Plague in India, 1896, 1897 - Volume 1
Year: 1896
Disease focus: Plague
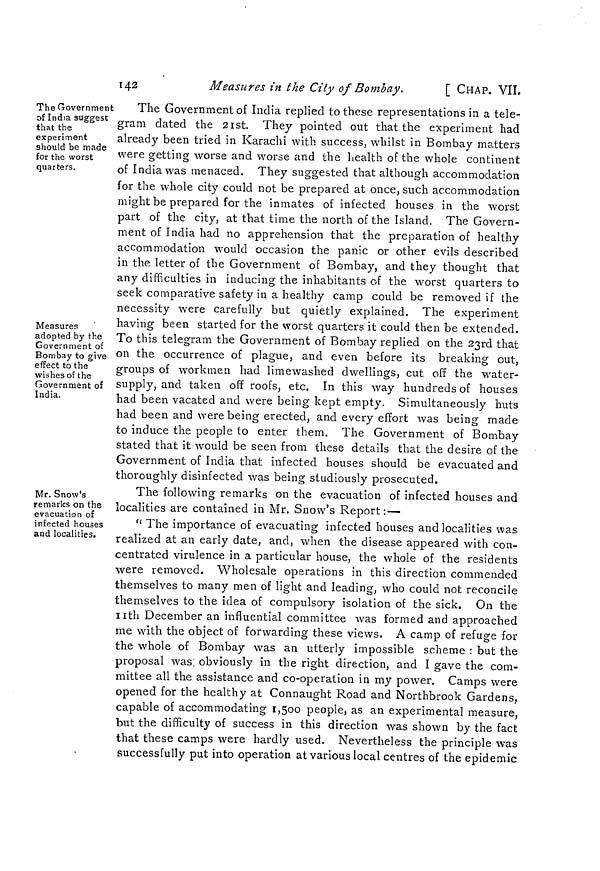
142
Measures in ¿he City of Bombay.
[ CHAP. VIL
The Government
of India suggest
that the
experiment
should be made
for the worst
quarters.
Measures
adopted by the
Government of
Bombay to give
effect to the
wishes of the
Government of
India.
The Government of India replied to these representations in a tele-
gram dated the 21st. They pointed out that the experiment had
already been tried in Karachi with success, whilst in Bombay matters
were getting worse and worse and the health of the whole continent
of India was menaced. They suggested that although accommodation
for the whole city could not be prepared at once, such accommodation
might be prepared for the inmates of infected houses in the worst
part of the city, at that time the north of the Island. The Govern-
ment of India had no apprehension that the preparation of healthy
accommodation would occasion the panic or other evils described
in the letter of the Government of Bombay, and they thought that
any difficulties in inducing the inhabitants of the worst quarters to
seek comparative safety in a healthy camp could be removed if the
necessity were carefully but quietly explained. The experiment
having been started for the worst quarters it could then be extended.
To this telegram the Government of Bombay replied on the 23rd that
on the occurrence of plague, and even before its breaking out,
groups of workmen had lime washed dwellings, cut off the water-
supply, and taken off roofs, etc. In this way hundreds of houses
had been vacated and were being kept empty. Simultaneously huts
had been and were being erected, and every effort was being made
to induce the people to enter them. The Government of Bombay
stated that it would be seen from these details that the desire of the
Government of India that infected houses should be evacuated and
thoroughly disinfected was being studiously prosecuted.
Mr. Snow's
remarks on the
evacuation of
infected houses
and localities.
The following remarks on the evacuation of infected houses and
localities are contained in Mr. Snow's Report :—
" The importance of evacuating infected houses and localities was
realized at an early date, and, when the disease appeared with con-
centrated virulence in a particular house, the whole of the residents
were removed. Wholesale operations in this direction commended
themselves to many men of light and leading, who could not reconcile
themselves to the idea of compulsory isolation of the sick. On the
nth December an influential committee was formed and approached
me with the object of forwarding these views. A camp of refuge for
the whole of Bombay was an utterly impossible scheme : but the
proposal was; obviously in the right direction, and I gave the com-
mittee all the assistance and co-operation in my power. Camps were
opened for the healthy at Connaught Road and Northbrook Gardens,
capable of accommodating 1,500 people, as an experimental measure,
but the difficulty of success in this direction was shown by the fact
that these camps were hardly used. Nevertheless the principle was
successfully put into operation at various local centres of the epidemic